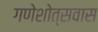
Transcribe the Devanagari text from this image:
गणेशोत्सवास